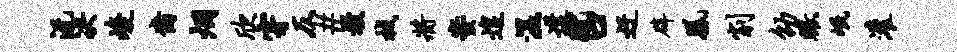
沅决峻裔烟欣穿仄#熳械将蜜遑湿遘蹴口迂辟凰削劭瞰岷灌